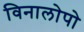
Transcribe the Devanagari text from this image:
विनालोपो